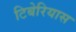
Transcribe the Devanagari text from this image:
टिबेरियास